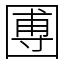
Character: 圑